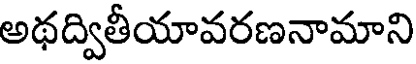
అథద్వితీయావరణనామాని